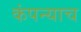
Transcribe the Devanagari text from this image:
कंपन्याच